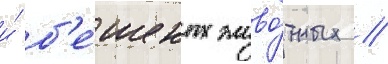
и́ б'е́шеных живо́тных //